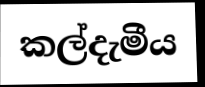
කල්දැමීය